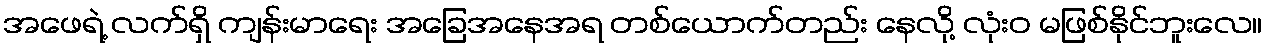
အဖေရဲ့ လက်ရှိ ကျန်းမာရေး အခြေအနေအရ တစ်ယောက်တည်း နေလို့ လုံးဝ မဖြစ်နိုင်ဘူးလေ။